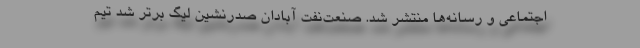
اجتماعی و رسانه‌ها منتشر شد. صنعت‌نفت آبادان صدرنشین لیگ برتر شد تیم